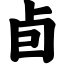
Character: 卣